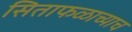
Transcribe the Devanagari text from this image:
सिताफळाच्याच